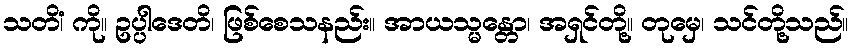
သတိံ၊ ကို။ ဥပ္ပါဒေတိ၊ ဖြစ်စေသနည်း။ အာယသ္မန္တော၊ အရှင်တို့။ တုမှေ၊ သင်တို့သည်။